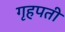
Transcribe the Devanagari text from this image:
गृहपती